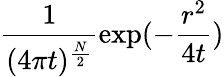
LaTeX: \frac{1}{(4\pi t)^{\frac{N}{2}}}\mathrm{exp}(-\frac{r^{2}}{4t})